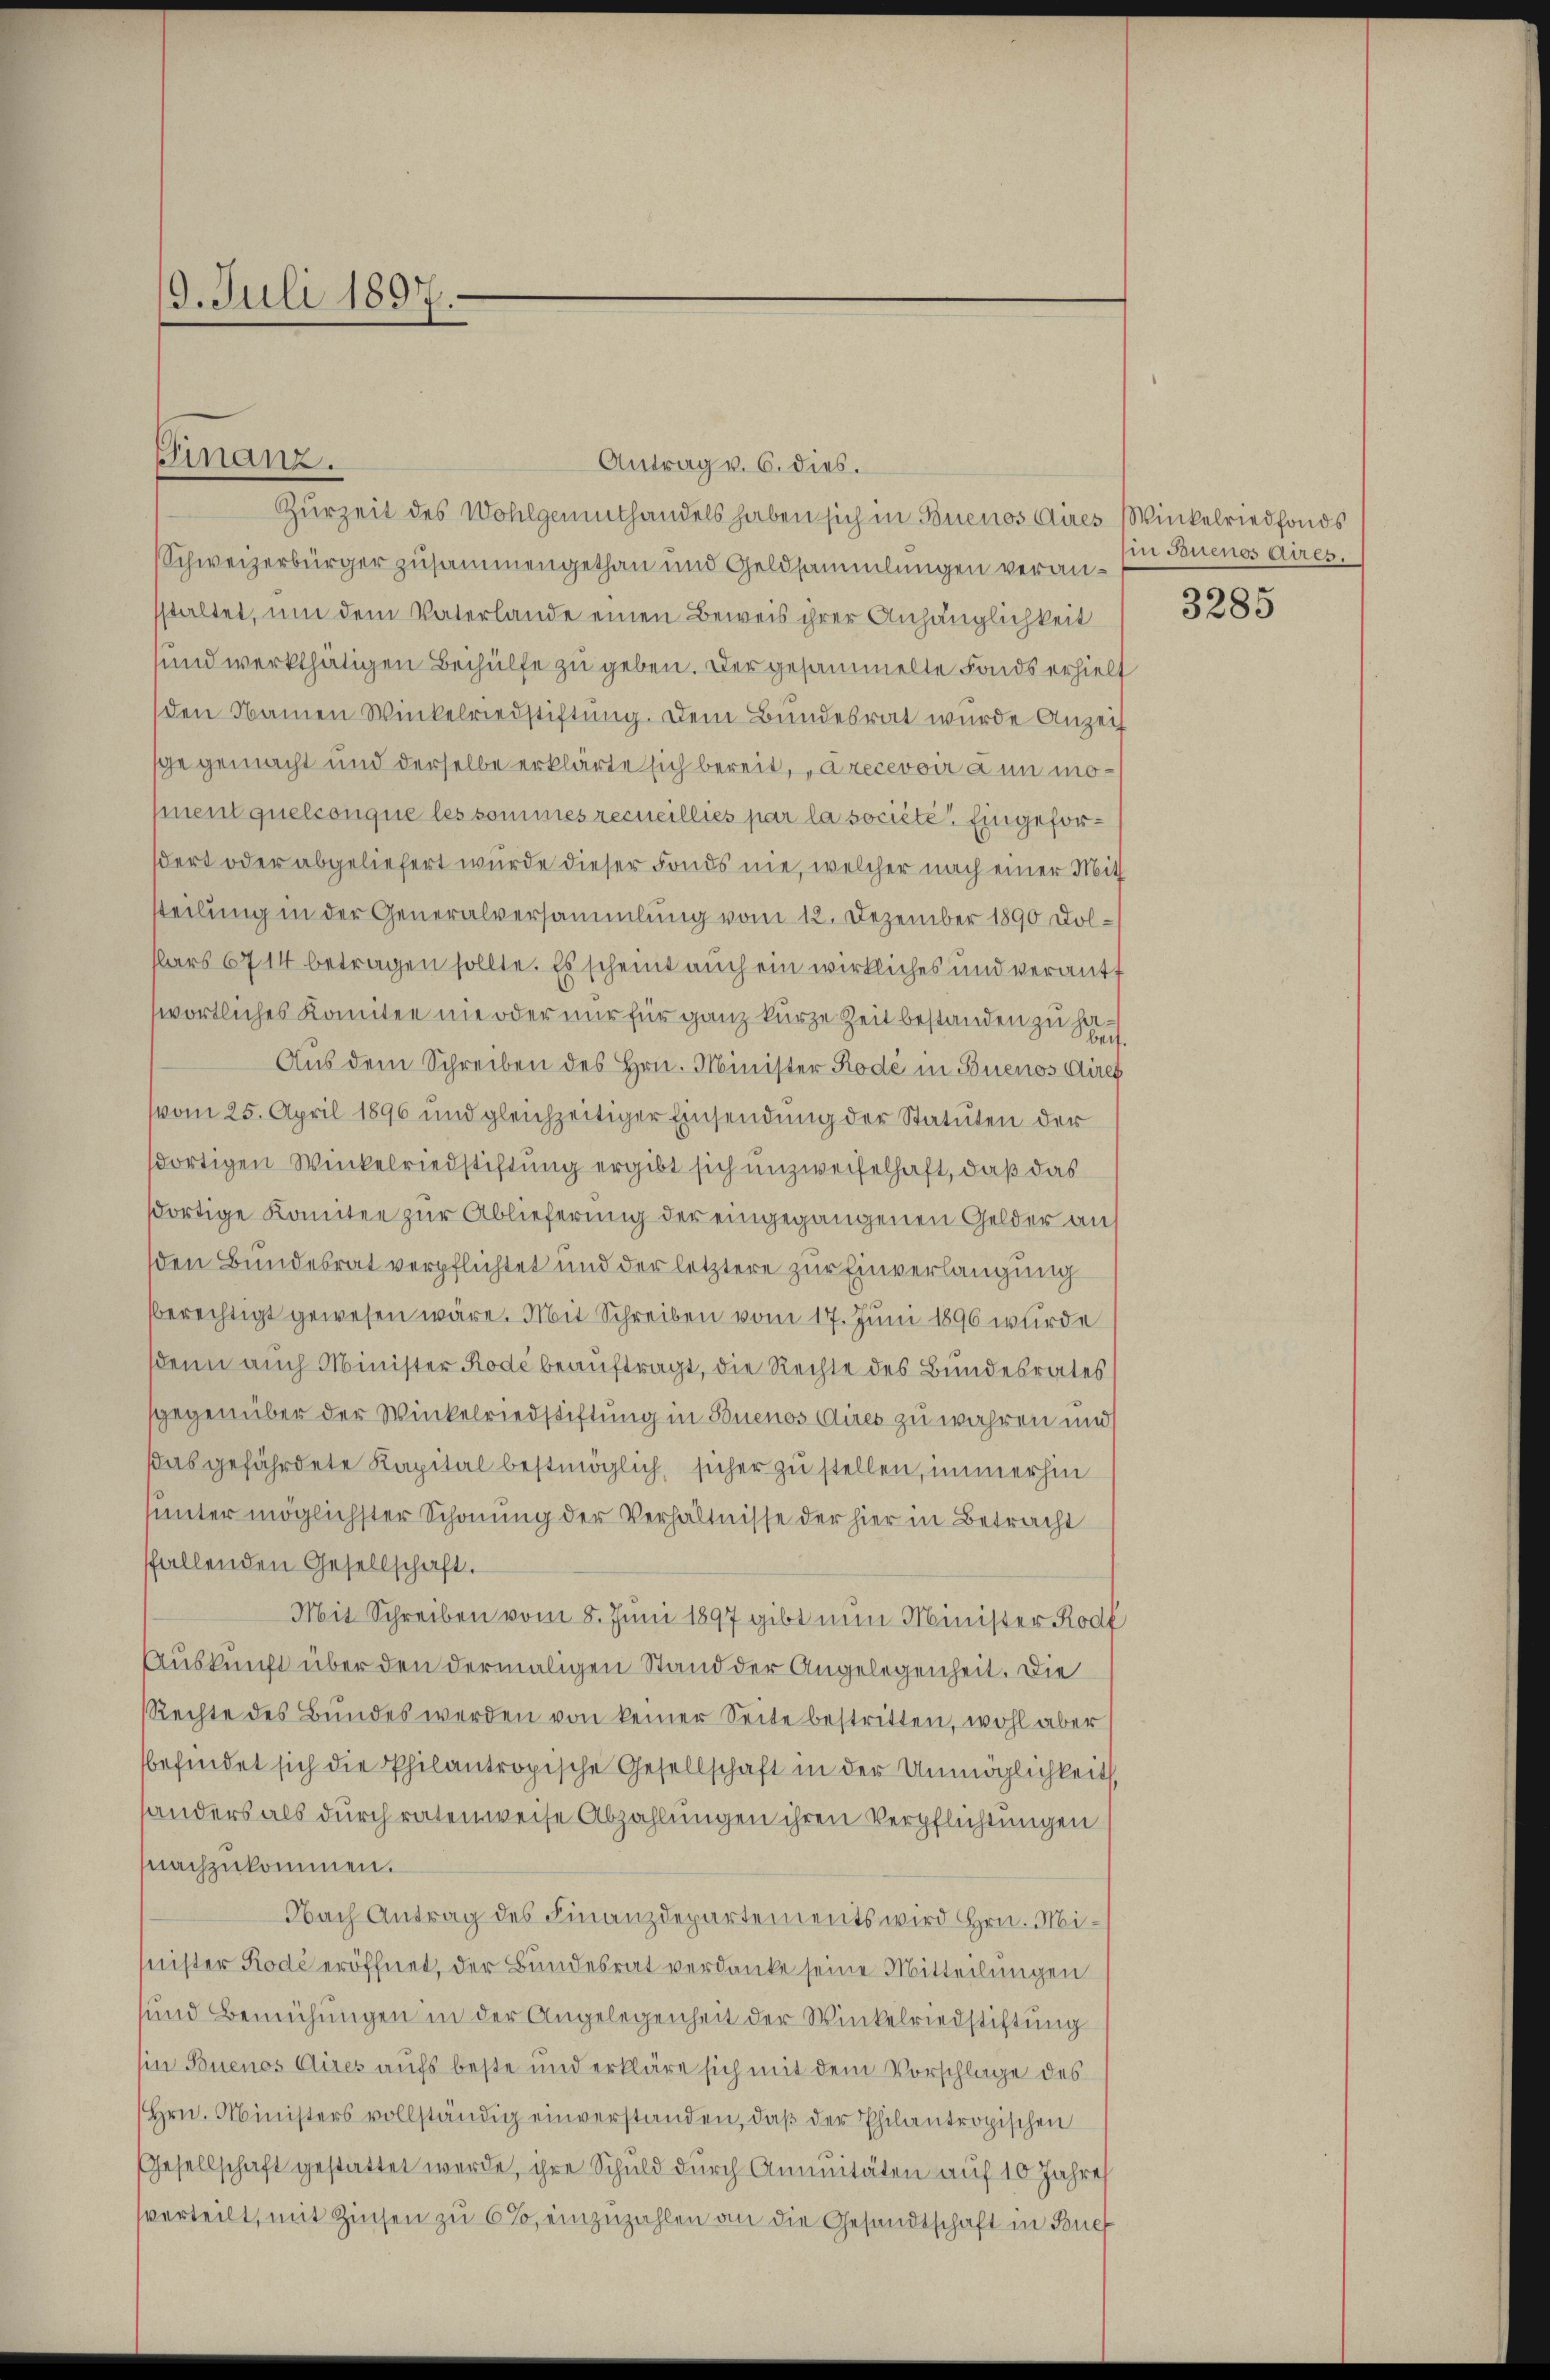
19. Juli 1891

Finanz.

Antrag v. 6. dies.
Schweizerbürger zusammengethan und Geldsammlungen veransstaltet, um dem Vaterlande einen Beweis ihrer Anhänglichkeit
sund werkthätigen Beihülfe zu geben. Der gesammelte Fonds erhielt
den Namen Winkelriedstiftung. Dem Bundesrat wurde Anzeit
ge gemacht und derselbe erklärte sich bereit, a recevoir à un monent quelconque les sommes recueilliés par la societe. Eingeforßert oder abgeliefert wurde dieser Fonds nie, welcher nach einer Mit
steilung in der Generalversammlung vom 12. Dezember 1890 Dolslars 6714 betragen sollte. Es scheint auch ein wirkliches und verantf
wortliches Komitee ne oder nur für ganz kurze Zeit bestanden zu Ha
Aus dem Schreiben des Hrn. Minister Rode in Buenos Aires
(vom 25. April 1896 und gleichzeitiger Einsendŭng der Statuten der
dortigen Winkelriedstiftung ergibt sich unzweifelhaft, daß das
dortige Komitee zur Ablieferung der eingegangenen Gelder an
den Bundesrat verpflichtet und der letztere zur Einverlangung
bberechtigt gewesen wäre. Mit Schreiben vom 17. Juni 1890 wurde
sdenn auch Minister Rode beauftragt, die Rechte des Bundesrates (
sgegenüber der Winkelriedstiftung in Buenos Aires zu wahren und
Das gefährdete Kapital bestmöglich, sicher zu stellen, immerhin
unter möglichster Schonung der Verhältnisse der hier in Betracht
fallenden Gesellschaft.
Mit Schreiben vom 8. Juni 1897 gibt nun Minister Rodf
Auskunft über den dermaligen Stand der Angelegenheit. Die
Rechte des Bŭndes werden von keiner Seite bestritten, wohl aber
befindet sich die Philantropische Gesellschaft in der Unmöglichkeit,
handers als durch ratenweise Abzahlungen ihren Verpflichtungen
nachzukommen.
Nach Antrag des Finanzdepartements wird Hrn. Minister Rode eröffnet, der Bundesrat verdanke seine Mitteilungen
sund Bemühungen in der Angelegenheit der Winkelriedstiftung
sin Buenos Aires aufs beste und erkläre sich mit dem Vorschlage des
Hrn. Ministers vollständig einverstanden, daß der Philantropischen
Gesellschaft gestattet werde, ihre Schuld durch Annuitäten auf 10 Jahres
verteilt, mit Zinsen zu 6%, einzuzahlen an die Gesandtschaft in Buef

Zurzeit des Wohlgenthandels haben sich in Buenos Aires Winkelriedfonds

in Buenos Aires.

3285